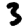
Digit: 3